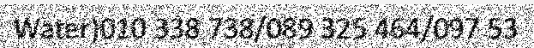
Water)010 338 738/089 325 464/097 53